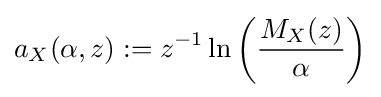
a_{X}(\alpha ,z):=z^{-1}\ln \left({\frac {M_{X}(z)}{\alpha }}\right)